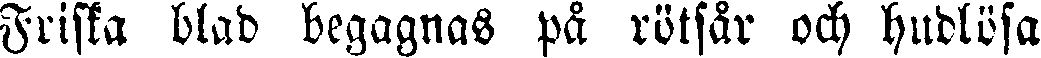
Friska blad begagnas på rötsår och hudlösa